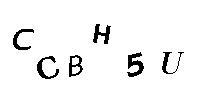
CCBH5U